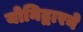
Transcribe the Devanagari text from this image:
योनिद्वारने